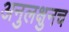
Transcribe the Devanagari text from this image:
अनुलक्षुनच